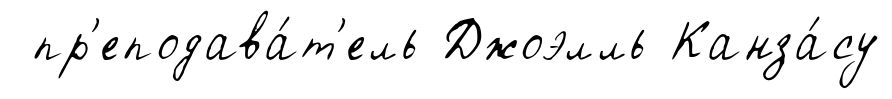
пр'еподава́т'ель Джоэлль Канза́су